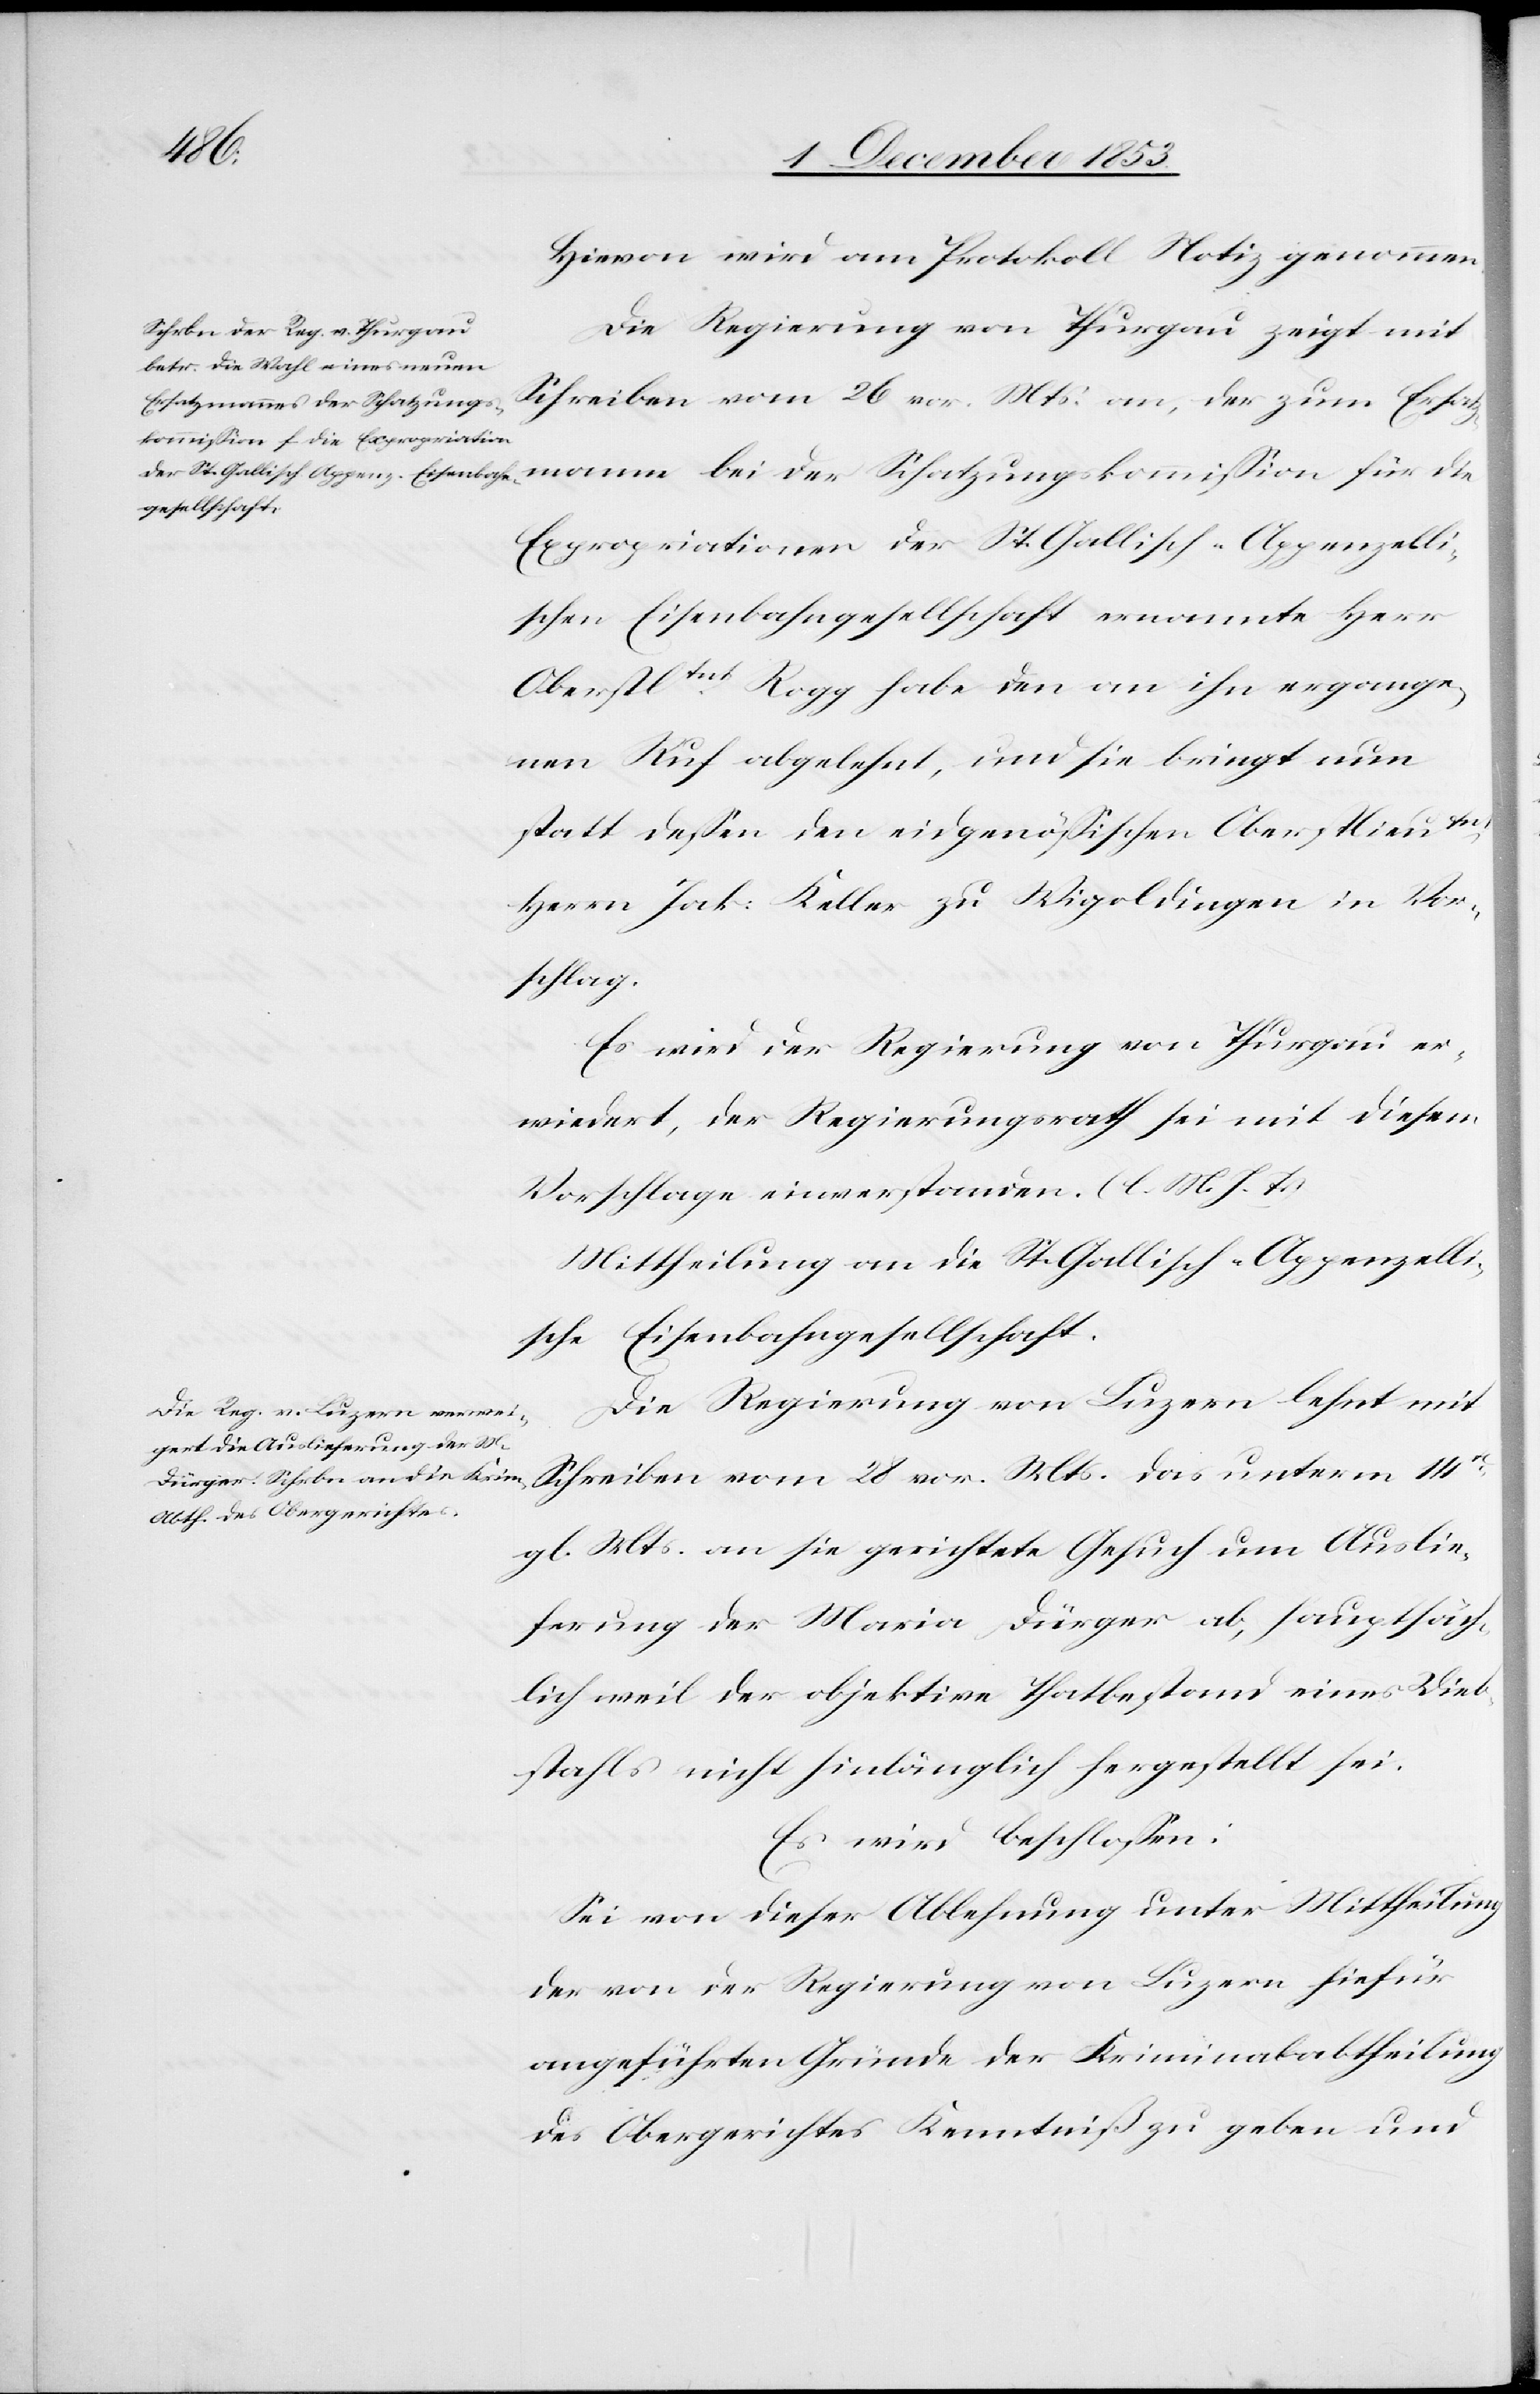
dieb¬
Hievon wird am Protokoll Notiz genommen.
Die Regierung von Thurgau zeigt mit
Schreiben vom 28 vor. Mts. des unterm
satzmann bei der Schatzungs¬
Expropriationen der St. Gallisch-Appenzelli¬
schen Eisenbahngesellschaft ernannte Herr
Oberstltnt Rogg habe den an ihn ergange¬
nen Ruf abgelehnt, und sie bringt nun
statt deßen den eidgenößischen Oberstlieutnt
Herrn Jak. Keller zu Wigoldingen in Vor¬
schlag.
Es wird der Regierung von Thurgau er¬
wiedert, der Regierungsrath sei mit diesem
Vorschlage einverstanden. [l. M. h. T]
Mittheilung an die St. Gallisch-Appenzelli¬
sche Eisenbahngesellschaft.
Die Regierung von Luzern lehnt mit
gl. Mts. an sie gerichtete Gesuch um Auslie¬
ferung der Maria Dürger ab, hauptsäch¬
lich weil der objektive Thatbestand eines Vieh¬
stahls nicht hinlänglich hergestellt sei.
Es wird beschloßen:
Sei von dieser Ablehnung unter Mittheilung
der von der Regierung von Luzern hiefür
angeführten Gründe der Kriminalabtheilung
des Obergerichtes Kenntniß zu geben und